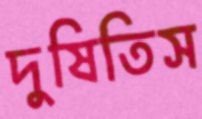
দুষিতিস